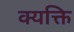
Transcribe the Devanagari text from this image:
क्यक्ति